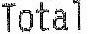
TOTAL